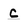
Character: c